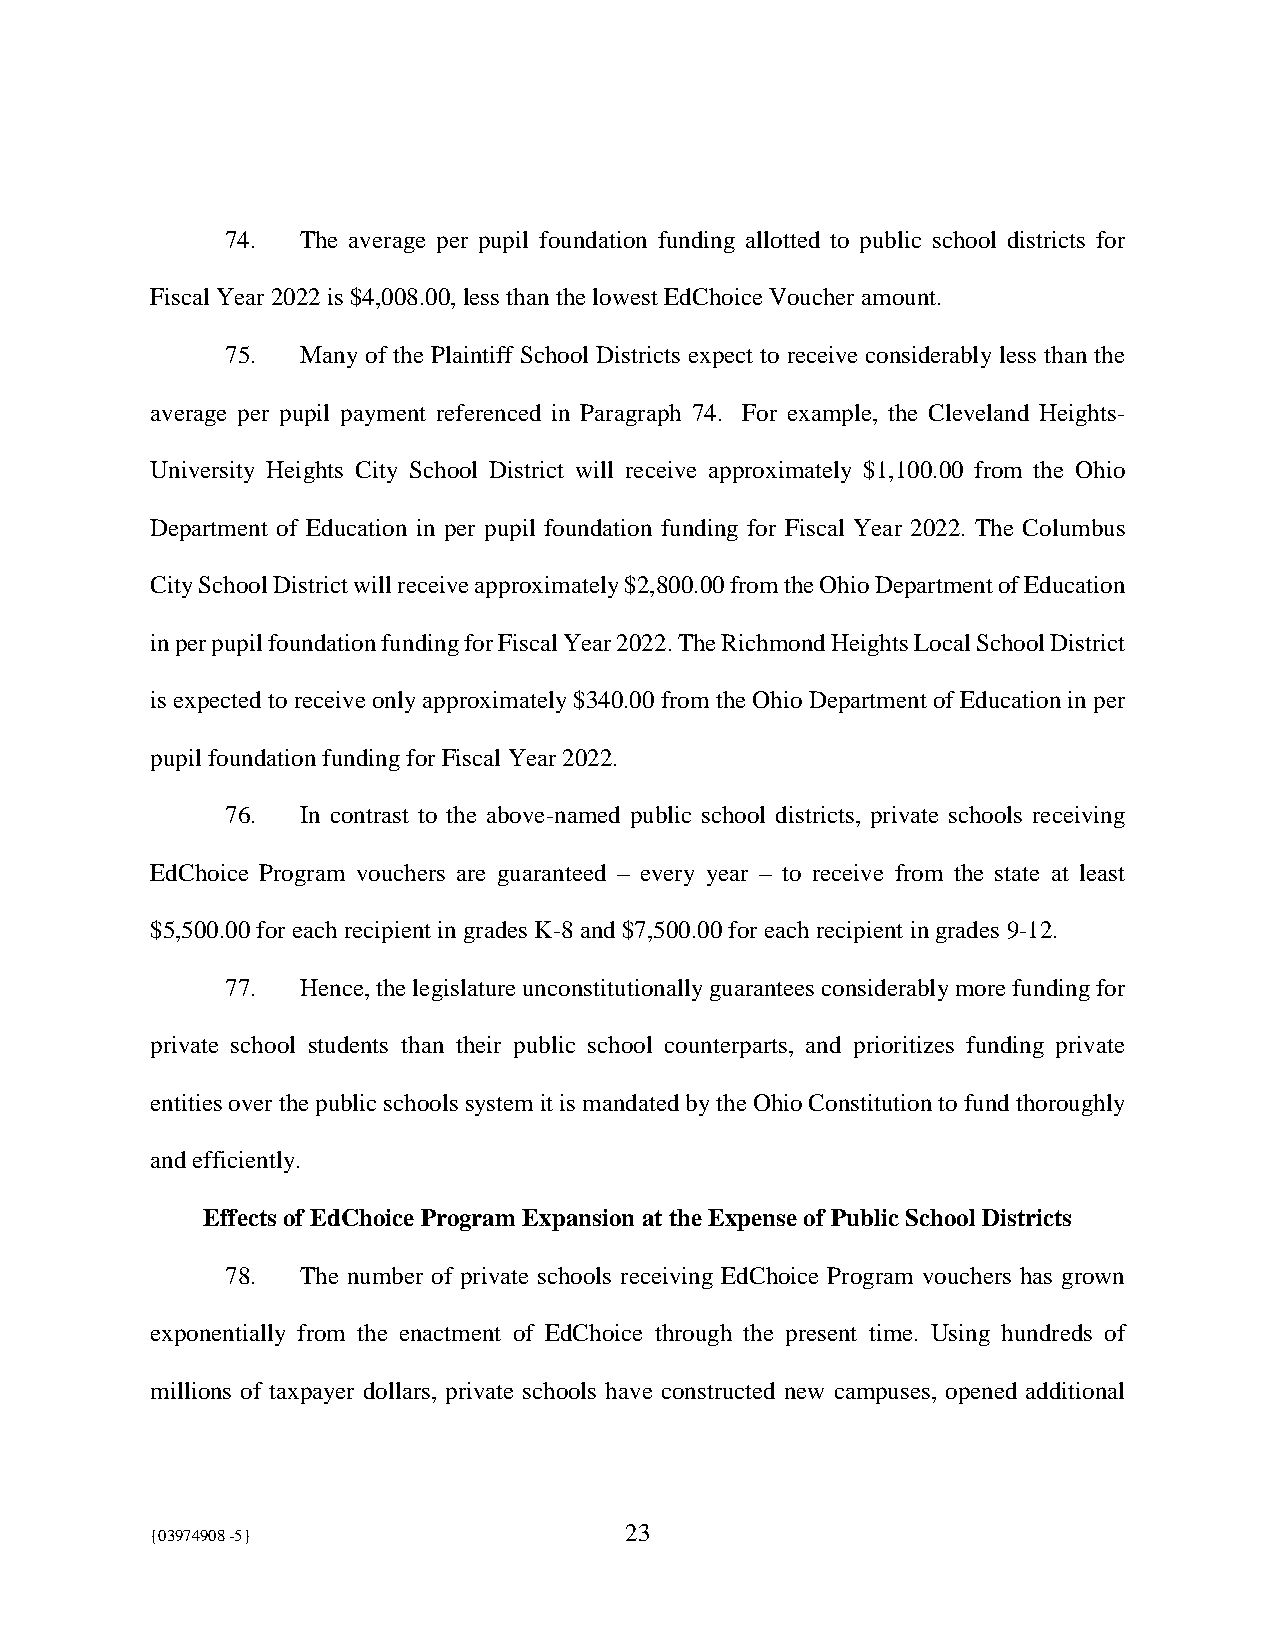
74.  The average per pupil foundation funding allotted to public school districts for
 Fiscal Year 2022 is $4,008.00, less than the lowest EdChoice Voucher amount.
 75.  Many of the Plaintiff School Districts expect to receive considerably less than the
 average per pupil payment referenced in Paragraph 74. For example, the Cleveland Heights-
 University Heights City School District will receive approximately $1,100.00 from the Ohio
 Department of Education in per pupil foundation funding for Fiscal Year 2022. The Columbus
 City School District will receive approximately $2,800.00 from the Ohio Department of Education
 in per pupil foundation funding for Fiscal Year 2022. The Richmond Heights Local School District
 is expected to receive only approximately $340.00 from the Ohio Department of Education in per
 pupil foundation funding for Fiscal Year 2022.
 76.  In contrast to the above-named public school districts, private schools receiving
 EdChoice Program vouchers are guaranteed – every year – to receive from the state at least
 $5,500.00 for each recipient in grades K-8 and $7,500.00 for each recipient in grades 9-12.
 77.  Hence, the legislature unconstitutionally guarantees considerably more funding for
 private school students than their public school counterparts, and prioritizes funding private
 entities over the public schools system it is mandated by the Ohio Constitution to fund thoroughly
 and efficiently.
 Effects of EdChoice Program Expansion at the Expense of Public School Districts
 78.  The number of private schools receiving EdChoice Program vouchers has grown
 exponentially from the enactment of EdChoice through the present time. Using hundreds of
 millions of taxpayer dollars, private schools have constructed new campuses, opened additional
 {03974908 -5}                  23